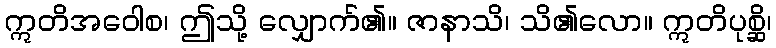
ဣတိအဝေါစ၊ ဤသို့ လျှောက်၏။ ဇာနာသိ၊ သိ၏လော။ ဣတိပုစ္ဆိ၊